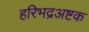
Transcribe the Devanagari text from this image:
हरिभद्रअष्टक